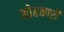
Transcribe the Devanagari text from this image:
मोहकारी